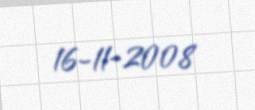
16-11-2008